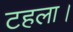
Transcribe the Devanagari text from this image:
टहला।